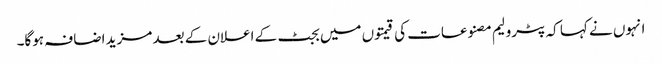
انہوں نے کہا کہ پٹرولیم مصنوعات کی قیمتوں میں بجٹ کے اعلان کے بعد مزید اضافہ ہوگا۔